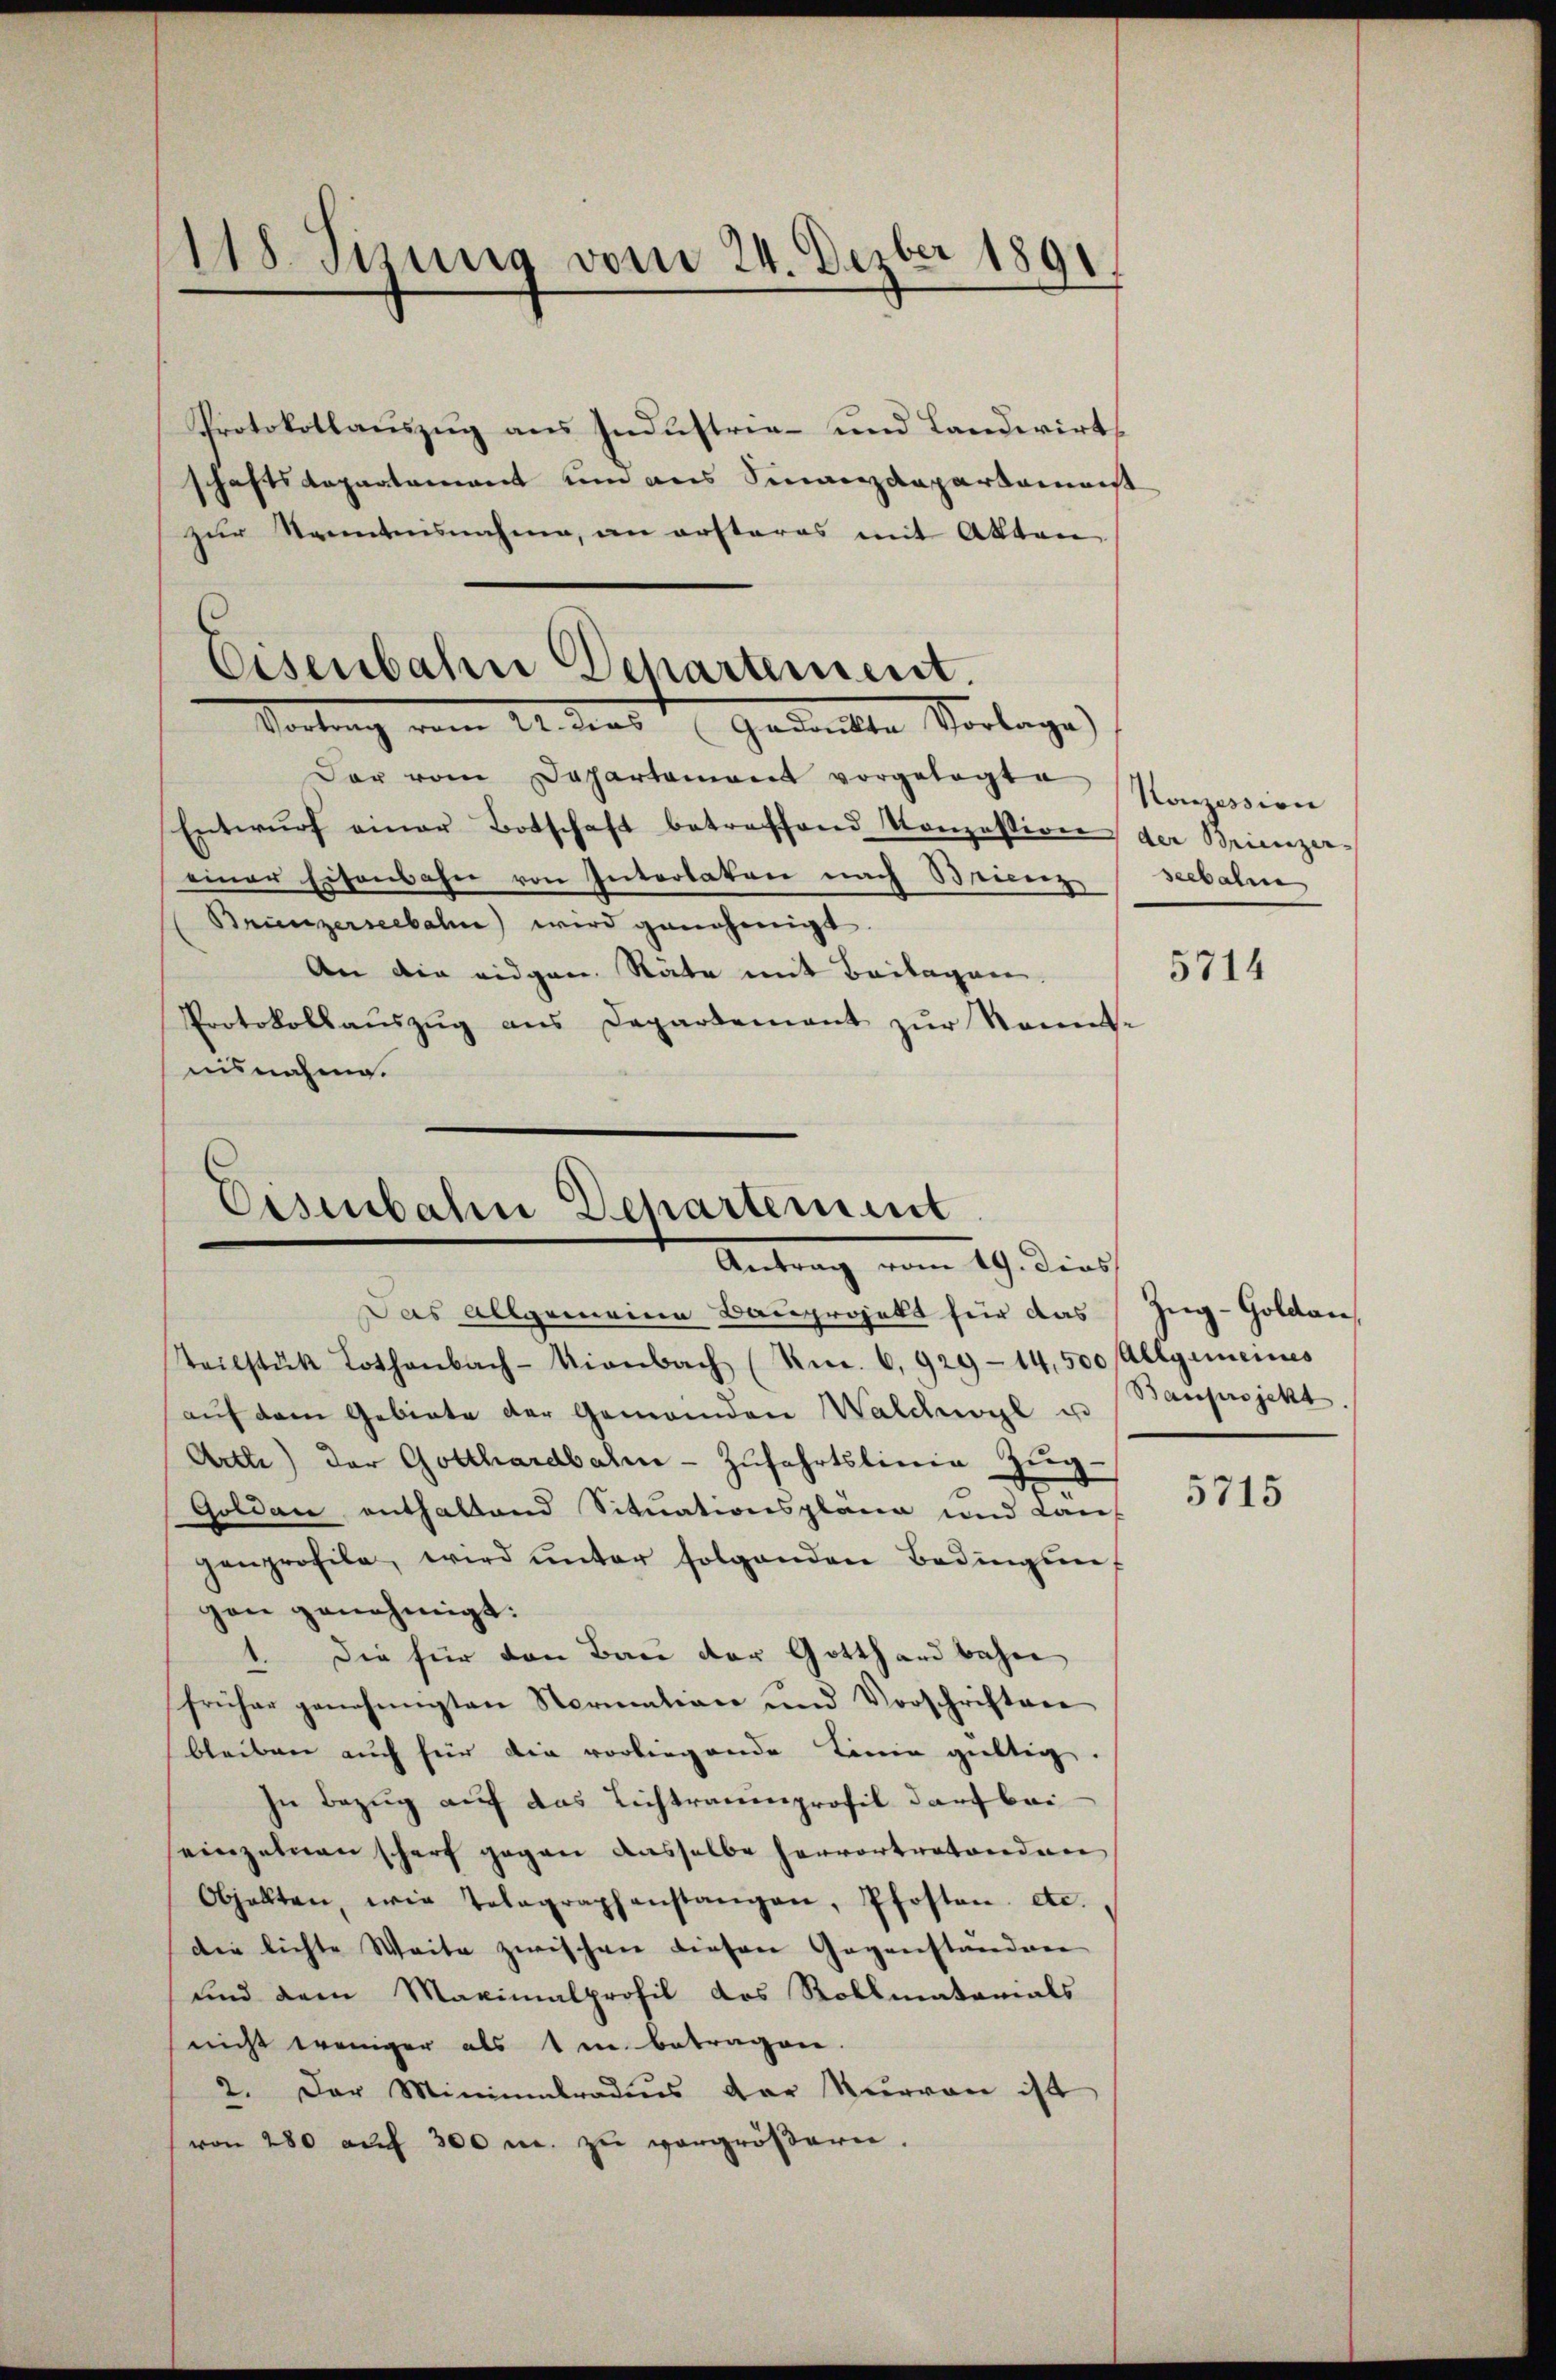
118. Jezung vom 24. Dezber 1891.

Protokollauszug aus Industrie- und Landwirts
schaftsdepartement um aus Sinanzdepartamenst
zur Kenntnisnahme, an ersteres mit Akten
Der vom Departament vorgelegte Komission
Entwurf einer Botschaft betreffend Konzession der Brinzer-
einer Eisenbahn von Interlaken nach Brienz Seebahne
Brunzerseebahn) wird genehmigt
An die eidgen. Stäte mit Beilagen.
Protokollaŭszŭg ans Departement zur Kennt-
nisnahme.

Eisenbahn Departement.
Vortrag vom 14. dies Gedankte Vorlage)

Eserbahn Departement
Antrag vom 19. Dies

Das Allgemeine Bauprojekt für das
Teilstük Lothenbach-Kienbach (Km. 6,929-14,500 Allgemeines
aŭf dem Gebiete der Gemeinden Walchwyl u
Artti) der Gotthardbahn-Zŭfahrtslinie Zŭg-
Goldau enthaltend Situationspläne und Lan
genprofile, wird ŭnter folgenden Bedingung
gen genehmigt:
1. Die für den Bau der Gotthardbahn
früher genehmigten Normation und Vorschriften
bleiben auch für die vorliegende Linie gültig.
In Bezug auf das Lichtraumprofil darf bei
einzelnen scharf gegen dasselbe hervortretenden
Obhalten, wie Telegraphanstangen, Pfosten etc.,
die lichte Weite zwischen diesen Gegenständene
und dem Maximalprofil des Rollmatorials
nicht weniger als 1 in betragen
2. Der Minimmtradus der Nervon ist
von 280 auf 300 m. zu vergrößern.

5714

Zug–Goldau,
Bauprojekt

5715